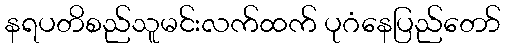
နရပတိစည်သူမင်းလက်ထက် ပုဂံနေပြည်တော်